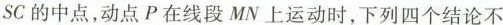
SC的中点，动点P在线段MN上运动时，下列四个结论不